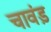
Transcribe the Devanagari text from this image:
चावंड़